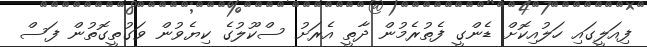
ފިއަލީގައި ހަލުއިކޮށް ޑެންގީ ފެތުރެމުން ދާތީ އެރަށު ސްކޫލުގެ ކިޔެވުން ވަގުތީގޮތުން ފަސް